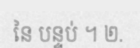
នៃ បន្ទប់ ។ ២.